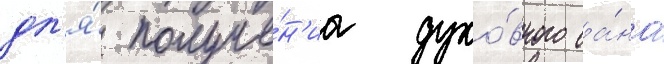
дл'я́ получе́н'иа духо́вного са́на